Vaccination in Bombay 1869-1873 - 1869-1873
Year: 1869
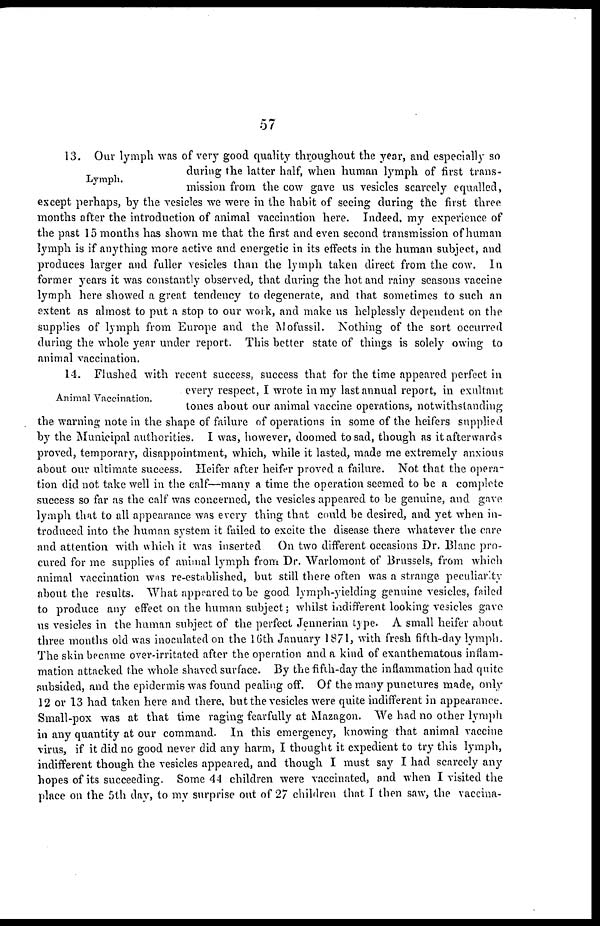
57
Lymph.
13. Our lymph was of very good quality throughout the year, and especially so
during the latter half, when human lymph of first trans-
mission from the cow gave us vesicles scarcely equalled,
except perhaps, by the vesicles we were in the habit of seeing during the first three
months after the introduction of animal vaccination here. Indeed my experience of
the past 15 months has shown me that the first and even second transmission of human
lymph is if anything more active and energetic in its effects in the human subject, and
produces larger and fuller vesicles than the lymph taken direct from the cow. In
former years it was constantly observed, that during the hot and rainy seasons vaccine
lymph here showed a great tendency to degenerate, and that sometimes to such an
extent as almost to put a stop to our work, and make us helplessly dependent on the
supplies of lymph from Europe and the Mofussil. Nothing of the sort occurred
during the whole year under report. This better state of things is solely owing to
animal vaccination.
Animal Vaccination.
14. Flushed with recent success, success that for the time appeared perfect in
every respect, I wrote in my last annual report, in exultant
tones about our animal vaccine operations, notwithstanding
the warning note in the shape of failure of operations in some of the heifers supplied
by the Municipal authorities. I was, however, doomed to sad, though as it afterwards
proved, temporary, disappointment, which, while it lasted, made me extremely anxious
about our ultimate success. Heifer after heifer proved a failure. Not that the opera-
tion did not take well in the calf—many a time the operation seemed to be a complete
success so far as the calf was concerned, the vesicles appeared to be genuine, and gave
lymph that to all appearance was every thing that could be desired, and yet when in-
troduced into the human system it failed to excite the disease there whatever the care
and attention with which it was inserted
On two different occasions Dr. Blanc pro-
cured for me supplies of animal lymph from Dr. Warlomont of Brussels, from which
animal vaccination was re-established, but still there often was a strange peculiarity
about the results. What appeared to be good lymph-yielding genuine vesicles, failed
to produce any effect on the human subject; whilst indifferent looking vesicles gave
us vesicles in the human subject of the perfect Jennerian type. A small heifer about
three months old was inoculated on the 16th January 1871, with fresh fifth-day lymph.
The skin became over-irritated after the operation and a kind of exanthematous inflam-
mation attacked the whole shaved surface. By the fifth-day the inflammation had quite
subsided, and the epidermis was found pealing off. Of the many punctures made, only
12 or 13 had taken here and there, but the vesicles were quite indifferent in appearance.
Small-pox was at that time raging fearfully at Mazagon. We had no other lymph
in any quantity at our command. In this emergency, knowing that animal vaccine
virus, if it did no good never did any harm, I thought it expedient to try this lymph,
indifferent though the vesicles appeared, and though I must say I had scarcely any
hopes of its succeeding. Some 44 children were vaccinated, and when I visited the
place on the 5th day, to my surprise out of 27 children that I then saw, the vaccina-